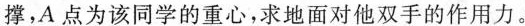
撑，A点为该同学的重心，求地面对他双手的作用力。